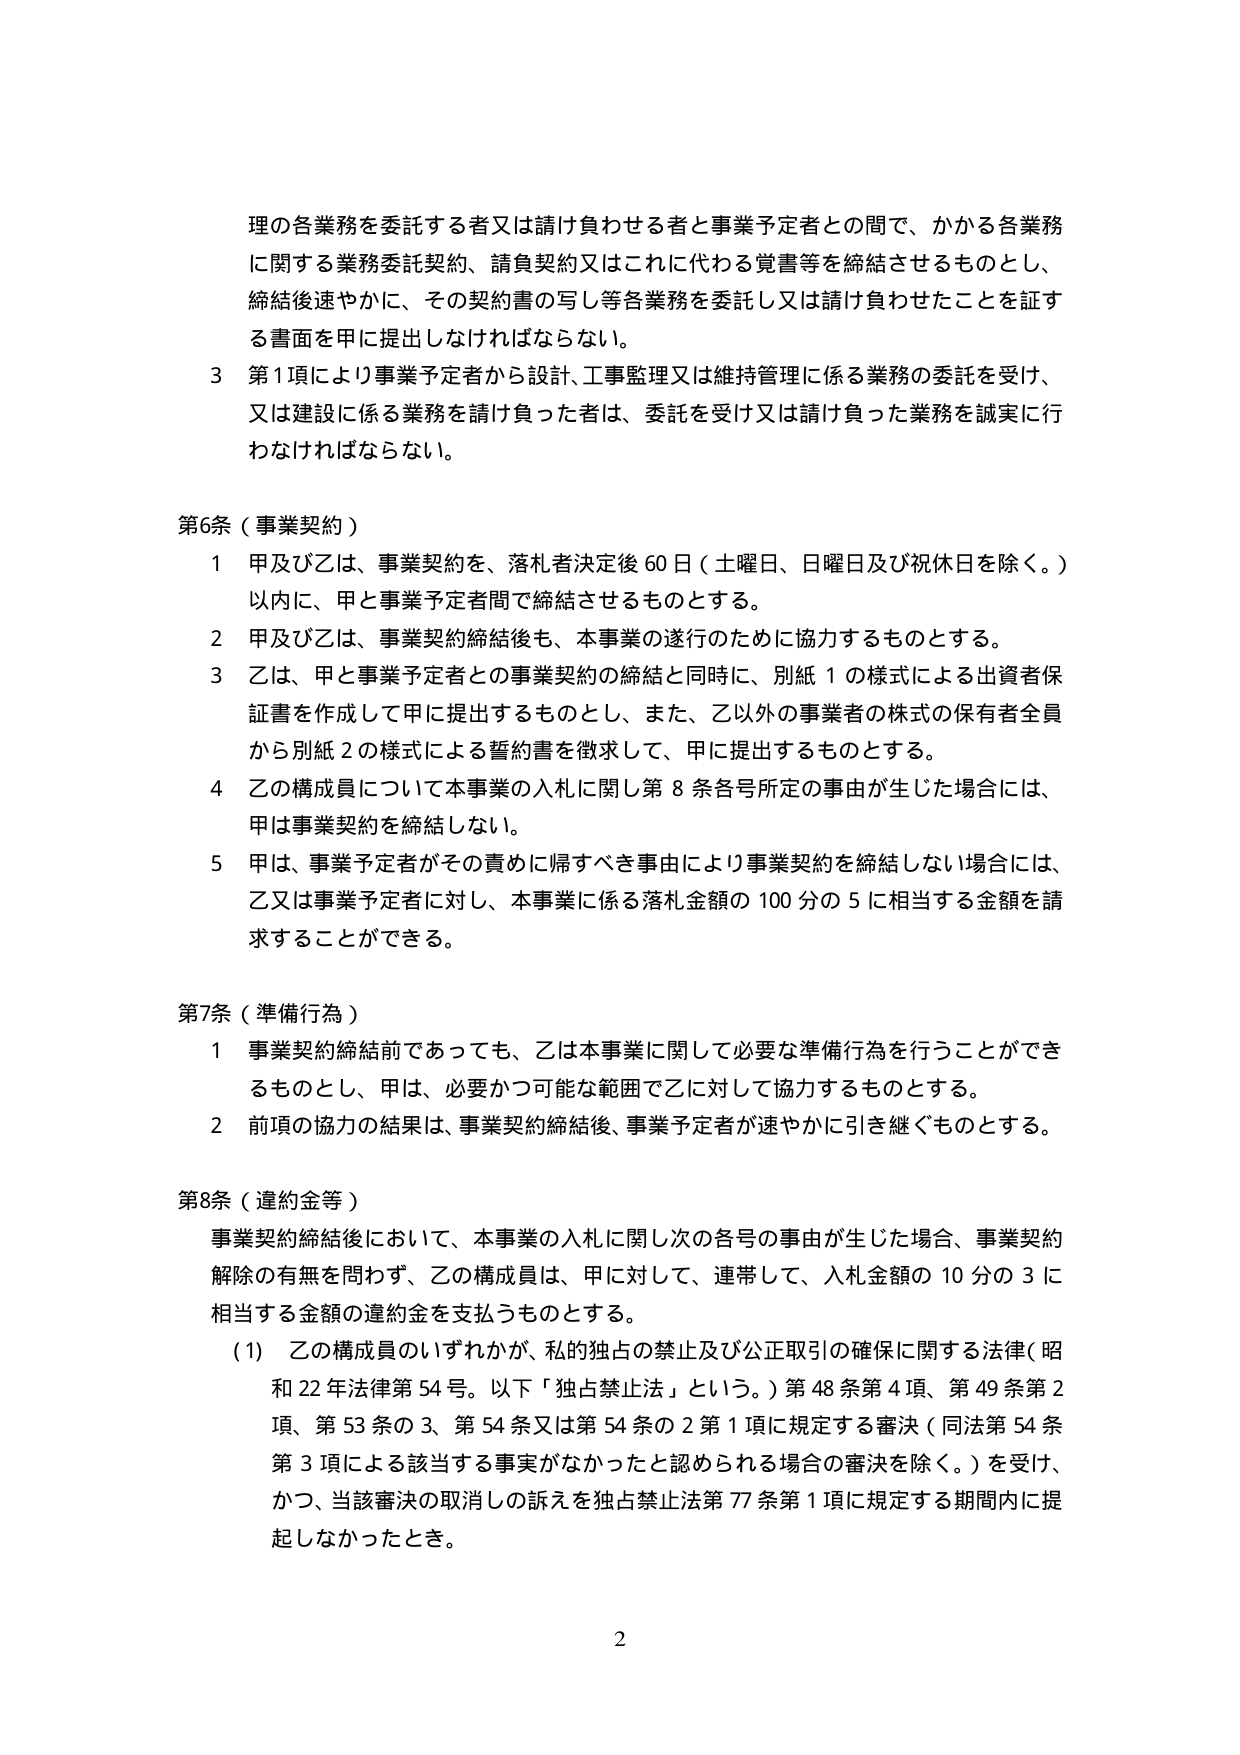
理の各業務を委託する者又は請け負わせる者と事業予定者との間で、かかる各業務に関する業務委託契約、請負契約又はこれに代わる覚書等を締結させるものとし、締結後速やかに、その契約書の写し等各業務を委託し又は請け負わせたことを証する書面を甲に提出しなければならない。

3 第1項により事業予定者から設計、工事監理又は維持管理に係る業務の委託を受け、又は建設に係る業務を請け負った者は、委託を受け又は請け負った業務を誠実に行わなければならない。

第6条（事業契約）

1 甲及び乙は、事業契約を、落札者決定後60日（土曜日、日曜日及び祝休日を除く。）以内に、甲と事業予定者間で締結させるものとする。

2 甲及び乙は、事業契約締結後も、本事業の遂行のために協力するものとする。

3 乙は、甲と事業予定者との事業契約の締結と同時に、別紙1の様式による出資者保証書を作成して甲に提出するものとし、また、乙以外の事業者の株式の保有者全員から別紙2の様式による誓約書を徴求して、甲に提出するものとする。

4 乙の構成員について本事業の入札に関し第8条各号所定の事由が生じた場合には、甲は事業契約を締結しない。

5 甲は、事業予定者がその責めに帰すべき事由により事業契約を締結しない場合には、乙又は事業予定者に対し、本事業に係る落札金額の100分の5に相当する金額を請求することができる。

第7条（準備行為）

1 事業契約締結前であっても、乙は本事業に関して必要な準備行為を行うことができるものとし、甲は、必要かつ可能な範囲で乙に対して協力するものとする。

2 前項の協力の結果は、事業契約締結後、事業予定者が速やかに引き継ぐものとする。

第8条（違約金等）

事業契約締結後において、本事業の入札に関し次の各号の事由が生じた場合、事業契約解除の有無を問わず、乙の構成員は、甲に対して、連帯して、入札金額の10分の3に相当する金額の違約金を支払うものとする。

(1) 乙の構成員のいずれかが、私的独占の禁止及び公正取引の確保に関する法律（昭和22年法律第54号。以下「独占禁止法」という。）第48条第4項、第49条第2項、第53条の3、第54条又は第54条の2第1項に規定する審決（同法第54条第3項による該当する事実がなかったと認められる場合の審決を除く。）を受け、かつ、当該審決の取消しの訴えを独占禁止法第77条第1項に規定する期間内に提起しなかったとき。

2